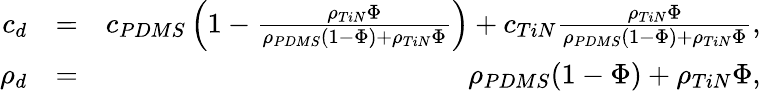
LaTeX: \begin{array}{rlr}{c_{d}}&{=}&{c_{PDMS}\left(1-\frac{\rho_{TiN}\Phi}{\rho_{PDMS}(1-\Phi)+\rho_{TiN}\Phi}\right)+c_{TiN}\frac{\rho_{TiN}\Phi}{\rho_{PDMS}(1-\Phi)+\rho_{TiN}\Phi},}\\ {\rho_{d}}&{=}&{\rho_{PDMS}(1-\Phi)+\rho_{TiN}\Phi,}\end{array}